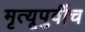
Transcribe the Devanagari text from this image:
मृत्यूपुर्वीच